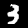
Label: 3